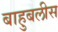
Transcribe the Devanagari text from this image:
बाहुबलीस